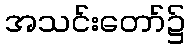
အသင်းတော်၌